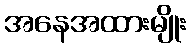
အနေအထားမျိုး